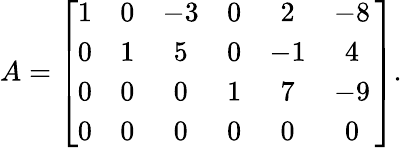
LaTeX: A=\left[{\begin{array}{cccccc}{1}&{0}&{-3}&{0}&{2}&{-8}\\ {0}&{1}&{5}&{0}&{-1}&{4}\\ {0}&{0}&{0}&{1}&{7}&{-9}\\ {0}&{0}&{0}&{0}&{0}&{0}\end{array}}\, \right].